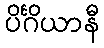
ပိင်္ဂိယာနီ